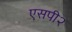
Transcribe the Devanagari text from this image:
एसपी२